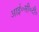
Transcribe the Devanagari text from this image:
आई०सी०टी०